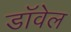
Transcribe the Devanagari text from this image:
डॉवेल